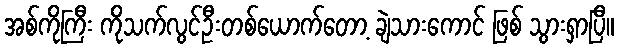
အစ်ကိုကြီး ကိုသက်လွင်ဦးတစ်ယောက်တော့ ချဲသားကောင် ဖြစ် သွားရှာပြီ။